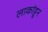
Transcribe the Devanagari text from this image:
लाकांहून